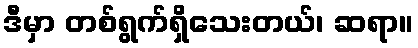
ဒီမှာ တစ်ရွက်ရှိသေးတယ်၊ ဆရာ။